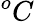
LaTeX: ^oC